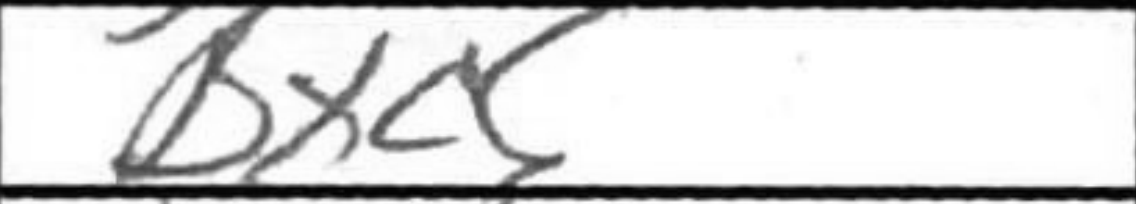
Transcription: Bxc5